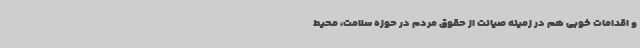
و اقدامات خوبی هم در زمینه صیانت از حقوق مردم در حوزه سلامت، محیط